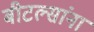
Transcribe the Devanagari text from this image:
बीटल्सांना